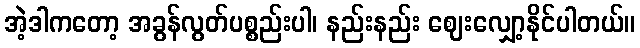
အဲ့ဒါကတော့ အခွန်လွတ်ပစ္စည်းပါ၊ နည်းနည်း ဈေးလျှော့နိုင်ပါတယ်။